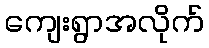
ကျေးရွာအလိုက်